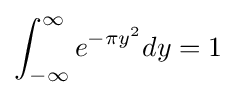
\int _{-\infty }^{\infty }e^{-\pi y^{2}}dy=1